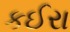
કઈરા